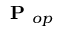
\mathrm { ~ \bf ~ P ~ } _ { o p }